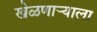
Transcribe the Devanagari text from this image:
खेळणाऱ्याला